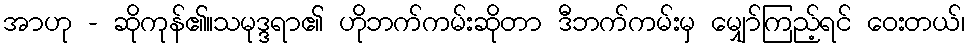
အာဟု - ဆိုကုန်၏။သမုဒ္ဒရာ၏ ဟိုဘက်ကမ်းဆိုတာ ဒီဘက်ကမ်းမှ မျှော်ကြည့်ရင် ဝေးတယ်၊